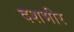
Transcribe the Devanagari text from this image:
दशभीर